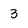
Character: 3